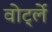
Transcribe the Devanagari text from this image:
वोर्ट्ले